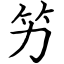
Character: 竻